Civil Veterinary Department Bengal reports 1933-51 - 1933-1951
Year: 1933
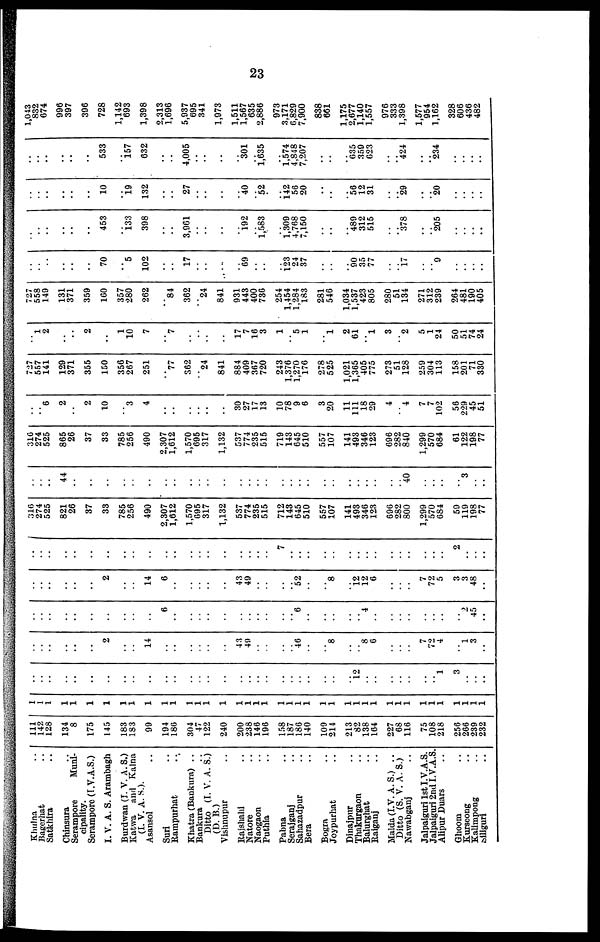
23
Khulna
..
Bagerhat..
Satkhira..
Chinsura
..
Serampore Muni-
cipality.
Serampore (I.V.A.S.)
I. V. A. S. Arambagh
Burdwan (I. V. A. S.)
Katwa and Kalna
(I. V. A. S.).
Asansol..
Suri..
Rampurhat..
Khatra (Bankura) ..
Bankura
Ditto (I. V. A. S.)
(D. B.)
Vishnupur..
Rajshahi..
Natore..
Naogaon..
Puthia..
Pabna..
Serajganj..
Sahazadpur..
Bera..
Bogra..
Joypurhat
Dinajpur
Thakurgaon
Balurghat
Raiganj
Malda (I.V. A. S.) ..
Ditto (S. V. A. S.)
Nawabganj
Jalpaiguri 1st I.V.A.S.
Jalpaiguri 2nd I.V.A.S.
Alipur Duars..
Ghoom..
Kurseong..
Kalimpong..
Siliguri..
111
142
128
134
8
175
145
183
183
99
194
186
304
47
122
240
200
238
146
196
158
187
186
140
109
214
213
82
138
164
227
68
116
75
108
218
256
266
239
232
1
1
1
1
1
1
1
1
1
1
1
1
1
1
1
1
1
1
1
1
1
1
1
1
1
1
1
1
1
1
1
1
1
1
1
1
1
..
..
..
..
..
..
..
..
..
..
..
..
..
..
..
..
..
..
..
..
..
..
..
..
..
..
..
12
..
..
..
..
..
..
.. l
3
..
..
..
..
..
..
2
..
..
14
..
..
..
..
..
..
43
49
..
..
..
.. 46
..
..
8
..
.. 8 6
..
..
..
7
72
4
..
l
3
..
..
..
..
..
..
..
..
..
..
..
6
..
..
..
..
..
..
..
..
..
..
.. 6
..
..
..
..
.. 4
..
..
..
..
..
..
..
..
2
45
..
..
..
..
..
..
..
2
..
..
14
6
..
..
..
..
..
43
49
..
..
..
.. 52
..
..
8
..
12
12
6
..
..
..
7
72
5
3
3
48
..
..
..
..
..
..
..
..
..
..
..
..
..
..
..
..
..
..
..
..
..
7
..
..
..
..
..
..
..
..
..
..
..
..
..
..
..
2
.. ..
..
316
274
525
821
26
37
33
785
256
490
2,307
1,612
1,570
695
317
1,132
537
774
235
515
712
143
645
510
557
107
141
493
346
123
696
282
800
1,299
570
684
59
119
198
77
..
..
..
44
..
..
..
..
..
..
..
..
..
..
..
..
..
..
..
..
..
..
..
..
..
..
..
..
..
..
..
.. 40
..
..
..
..
3
..
..
316
274
525
865
26
37
33
785
256
490
2,307
1,612
1,570
695
317
1,132
537
774
235
515
719
143
645
510
557
107
141
493
346
123
696
282
840
1,299
570
684
61
122
198
77
..
.. 6
2
..
2
10
..
3
4
..
..
..
..
..
..
30
27
17
13
10
78
9
6
3
20
11
111
18
29
4
.. 4
7
7
102
56
229
45
51
727
557
141
129
371
355
150
356
267
251
..
77
362
.. 24
841
884
409
367
720
243
1,376
1,270
176
278
525
1,021
1,365
405
775
273
51
128
259
304
113
158
201
71
330
.. 1
2
..
..
2
..
1
10
7
..
7
..
..
..
..
17
7
16
3
1
.. 5
1
..
l
2
61
.. 1
3
.. 2
5
1
24
50
51
74
24
727
558
149
131
371
359
160
357
280
262
..
84
362
.. 24
841
931
443
400
736
254
1,454
1,284
183
281
546
1,034
1,537
423
805
280
51
134
271
312
239
264
481
190
405
..
..
..
..
..
..
70
..
5
102
..
..
17
..
..
..
..
69
..
..
..
123
24
37
..
..
..
90
35
77
..
.. 17
..
.. 9
..
..
..
..
..
..
..
..
..
..
453
..
133
398
..
..
3,961
..
..
..
..
192
.. 1,583
..
1,309
4,768
7,150
..
..
..
489
312
515
..
.. 378
..
.. 205
..
..
..
..
..
..
..
..
..
..
10
..
19
132
..
..
27
..
..
..
..
40
.. 52
..
142
56
20
..
..
..
56
12
31
..
.. 29
..
.. 20
..
..
..
..
..
..
..
..
..
..
533
..
157
632
..
..
4,005
..
..
..
..
301
.. 1,635
..
l,574
4,848
7,207
..
..
..
635
359
623
..
.. 424
..
.. 234
..
..
..
..
1,043
832
674
996
397
396
728
1,142
693
1,398
2,313
1,696
5,937
695
341
1,973
1,511
1,567
635
2,886
973
3,171
6,829
7,900
838
661
1,175
2,677
1,140
1,557
976
333
1,398
1,577
954
1,162
328
606
436
482